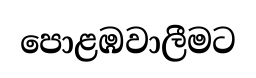
පොළඹවාලීමට